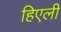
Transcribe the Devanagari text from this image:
हिएली